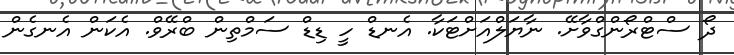
ދޯ ސްޓްރޯންގްވާށޭ. ނާޔަލްއަށްޓަކާ. އެނޑް ހީ ޑިޑް ސަމްތިން ބްރޭވް. އެކަން އެނގެން